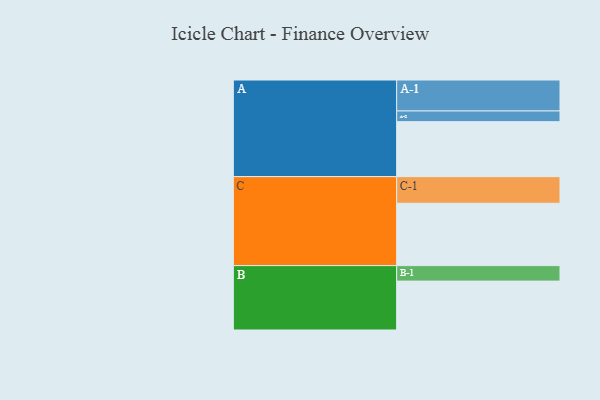
{"axis": {"x": "Segment", "y": "Value"}, "legend": ["", "A", "B", "C"], "data": [{"x": "A", "y": 511, "type": ""}, {"x": "B", "y": 455, "type": ""}, {"x": "C", "y": 580, "type": ""}, {"x": "A-1", "y": 288, "type": "A"}, {"x": "A-2", "y": 100, "type": "A"}, {"x": "B-1", "y": 144, "type": "B"}, {"x": "C-1", "y": 248, "type": "C"}]}